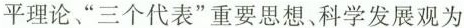
平理论、”三个代表”重要思想、科学发展观为